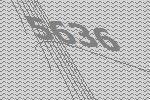
5636